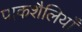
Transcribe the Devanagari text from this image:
पाकशैलियाँ